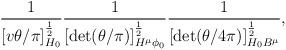
LaTeX: \begin{align*}\frac{1}{[v\theta/\pi]_{H_{\scriptscriptstyle 0}}^{\frac{1}{2}}} \frac{1}{[\det(\theta/\pi)]_{H^{\mu}\phi_{\scriptscriptstyle 0}} ^{\frac{1}{2}}} \frac{1}{[\det(\theta/4\pi)]_{H_{\scriptscriptstyle 0}B^{\mu}} ^{\frac{1}{2}}},\end{align*}